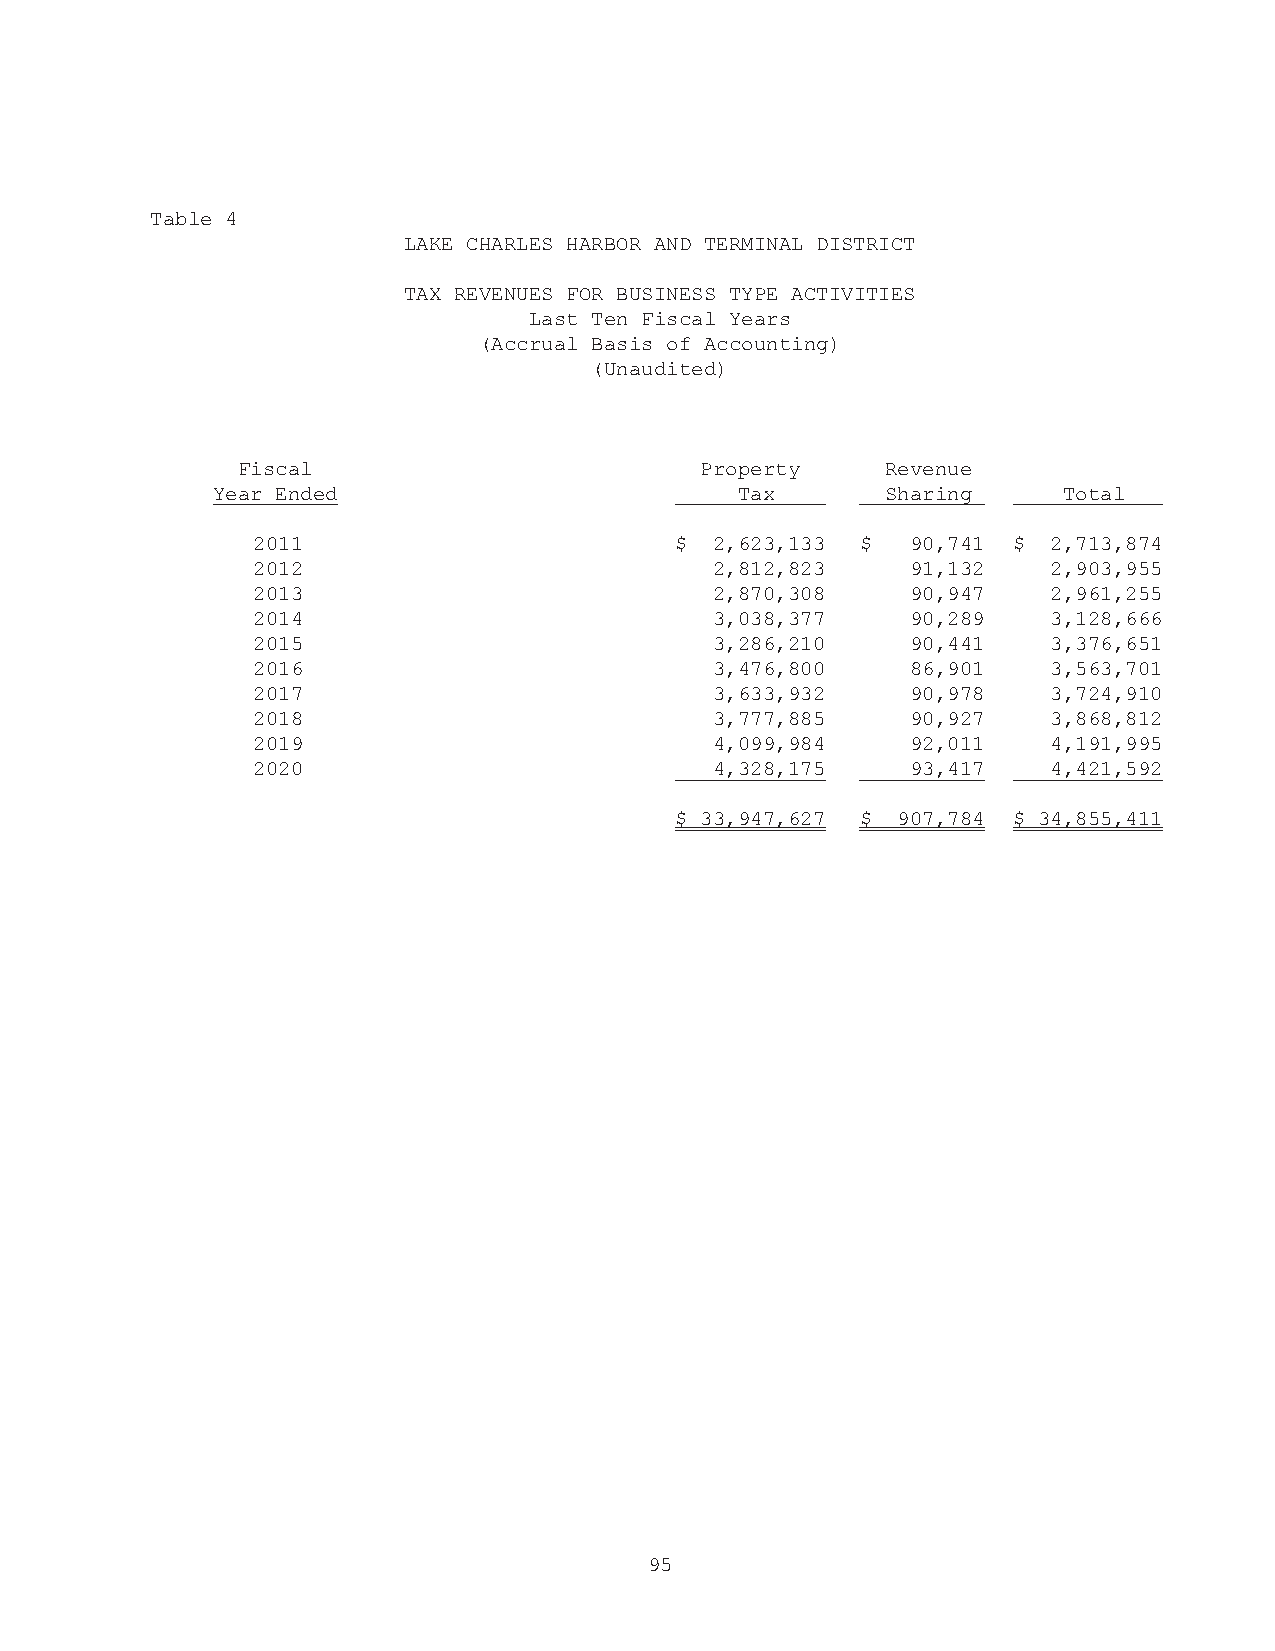
Table 4
 LAKE CHARLES HARBOR AND TERMINAL DISTRICT
 TAX REVENUES FOR BUSINESS TYPE ACTIVITIES
 Last Ten Fiscal Years
 (Accrual Basis of Accounting)
 (Unaudited)
 Fiscal                        Property     Revenue
 Year Ended                         Tax       Sharing    Total
 2011                        $ 2,623,133 $  90,741 $  2,713,874
 2012                          2,812,823    91,132    2,903,955
 2013                          2,870,308    90,947    2,961,255
 2014                          3,038,377    90,289    3,128,666
 2015                          3,286,210    90,441    3,376,651
 2016                          3,476,800    86,901    3,563,701
 2017                          3,633,932    90,978    3,724,910
 2018                          3,777,885    90,927    3,868,812
 2019                          4,099,984    92,011    4,191,995
 2020                          4,328,175    93,417    4,421,592
 $ 33,947,627 $ 907,784 $ 34,855,411
 95